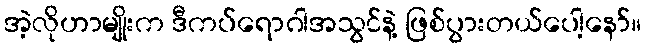
အဲ့လိုဟာမျိုးက ဒီကပ်ရောဂါအသွင်နဲ့ ဖြစ်ပွားတယ်ပေါ့နော်။